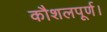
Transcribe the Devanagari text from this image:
कौशलपूर्ण।